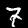
Digit: 7